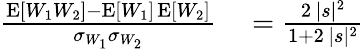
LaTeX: \begin{array}{rl}{\frac{\operatorname{E}[W_{1}W_{2}]-\operatorname{E}[W_{1}]\operatorname{E}[W_{2}]}{\sigma_{W_{1}}\sigma_{W_{2}}}}&{{}=\frac{2\, |s|^{2}}{1+2\, |s|^{2}}}\end{array}